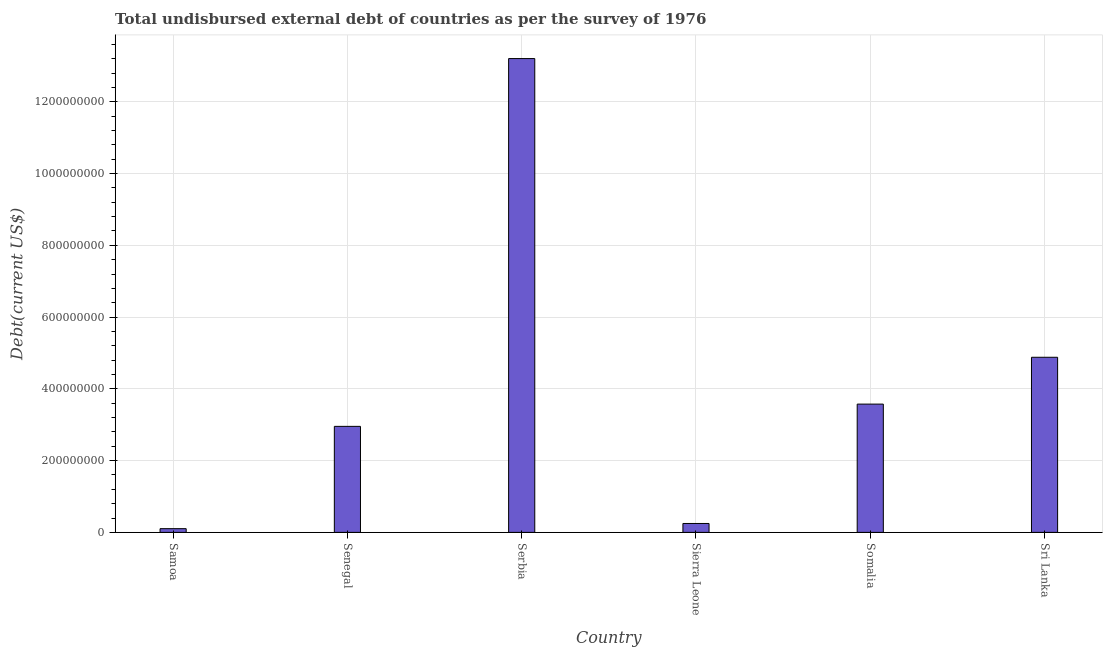
| Country | Total debt |
 | --- | --- |
 | Samoa | 1.04e+07 |
 | Senegal | 2.95e+08 |
 | Serbia | 1.32e+09 |
 | Sierra Leone | 2.48e+07 |
 | Somalia | 3.58e+08 |
 | Sri Lanka | 4.88e+08 |